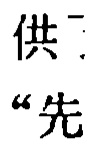
供 “先